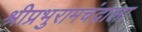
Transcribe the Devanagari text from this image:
श्रीप्रभुरामचंद्राला